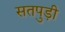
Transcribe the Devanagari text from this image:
सतपुड़ी